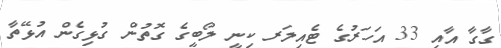
ގާގާ އާއި 33 އަހަރުގެ ޓެއިލަރ ކިނީ ލޯބީގެ ގޮތުން ގުޅިގެން އުޅޭތާ